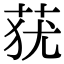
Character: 莸